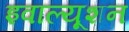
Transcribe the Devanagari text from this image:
इवाल्यूशन